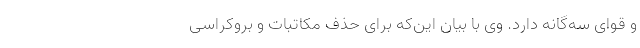
و قوای سه‌گانه دارد. وی با بیان این‌که برای حذف مکاتبات و بروکراسی